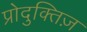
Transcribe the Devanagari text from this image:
प्रोदुक्तिज़